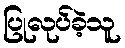
ပြုလုပ်ခဲ့သူ